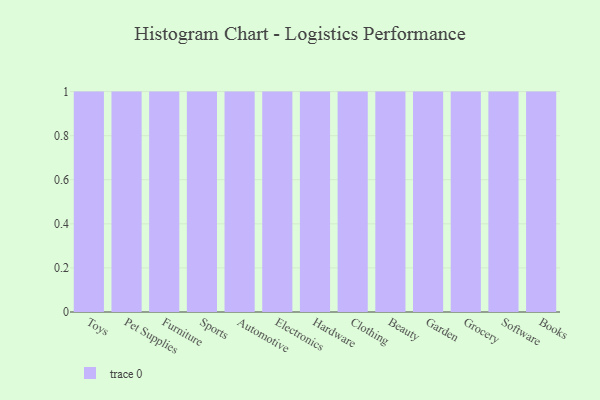
{"axis": {"x": "Category", "y": "Latency (ms)"}, "legend": [""], "data": [{"x": "Toys", "y": 29, "type": ""}, {"x": "Pet Supplies", "y": 61, "type": ""}, {"x": "Furniture", "y": 96, "type": ""}, {"x": "Sports", "y": 18, "type": ""}, {"x": "Automotive", "y": 55, "type": ""}, {"x": "Electronics", "y": 95, "type": ""}, {"x": "Hardware", "y": 88, "type": ""}, {"x": "Clothing", "y": 15, "type": ""}, {"x": "Beauty", "y": 92, "type": ""}, {"x": "Garden", "y": 68, "type": ""}, {"x": "Grocery", "y": 97, "type": ""}, {"x": "Software", "y": 49, "type": ""}, {"x": "Books", "y": 18, "type": ""}]}